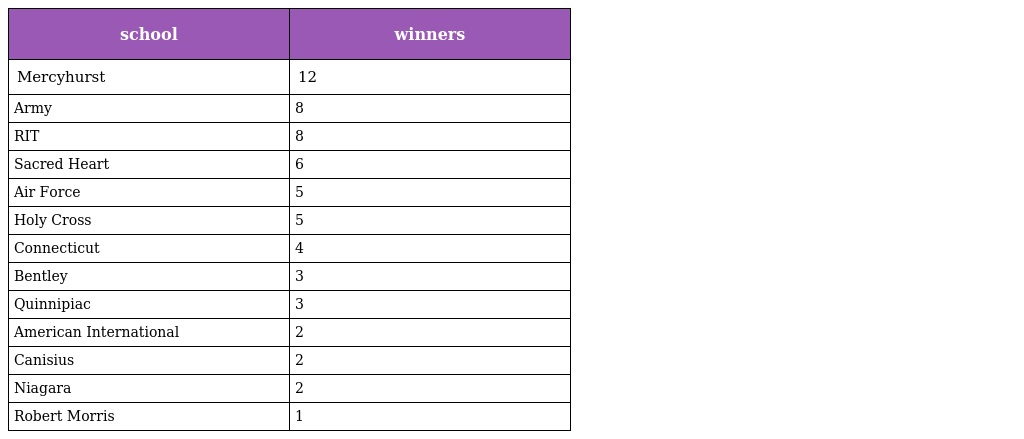
| school | winners |
 | --- | --- |
 | Mercyhurst | 12 |
 | Army | 8 |
 | RIT | 8 |
 | Sacred Heart | 6 |
 | Air Force | 5 |
 | Holy Cross | 5 |
 | Connecticut | 4 |
 | Bentley | 3 |
 | Quinnipiac | 3 |
 | American International | 2 |
 | Canisius | 2 |
 | Niagara | 2 |
 | Robert Morris | 1 |